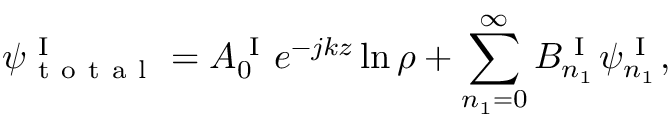
\psi _ { \mathrm { ~ t ~ o ~ t ~ a ~ l ~ } } ^ { \mathrm { ~ I ~ } } = A _ { 0 } ^ { \mathrm { ~ I ~ } } e ^ { - j k z } \ln \rho + \sum _ { n _ { 1 } = 0 } ^ { \infty } B _ { n _ { 1 } } ^ { \mathrm { ~ I ~ } } \psi _ { n _ { 1 } } ^ { \mathrm { ~ I ~ } } ,